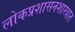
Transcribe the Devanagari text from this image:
लोकप्रशासनशास्त्रात